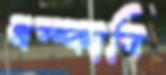
ধম্‌কাবি